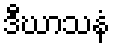
ဒီဃာသနံ